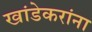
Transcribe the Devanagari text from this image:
खांडेकरांना